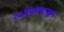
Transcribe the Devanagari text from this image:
२५व्यापासून